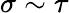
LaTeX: \sigma\sim\tau